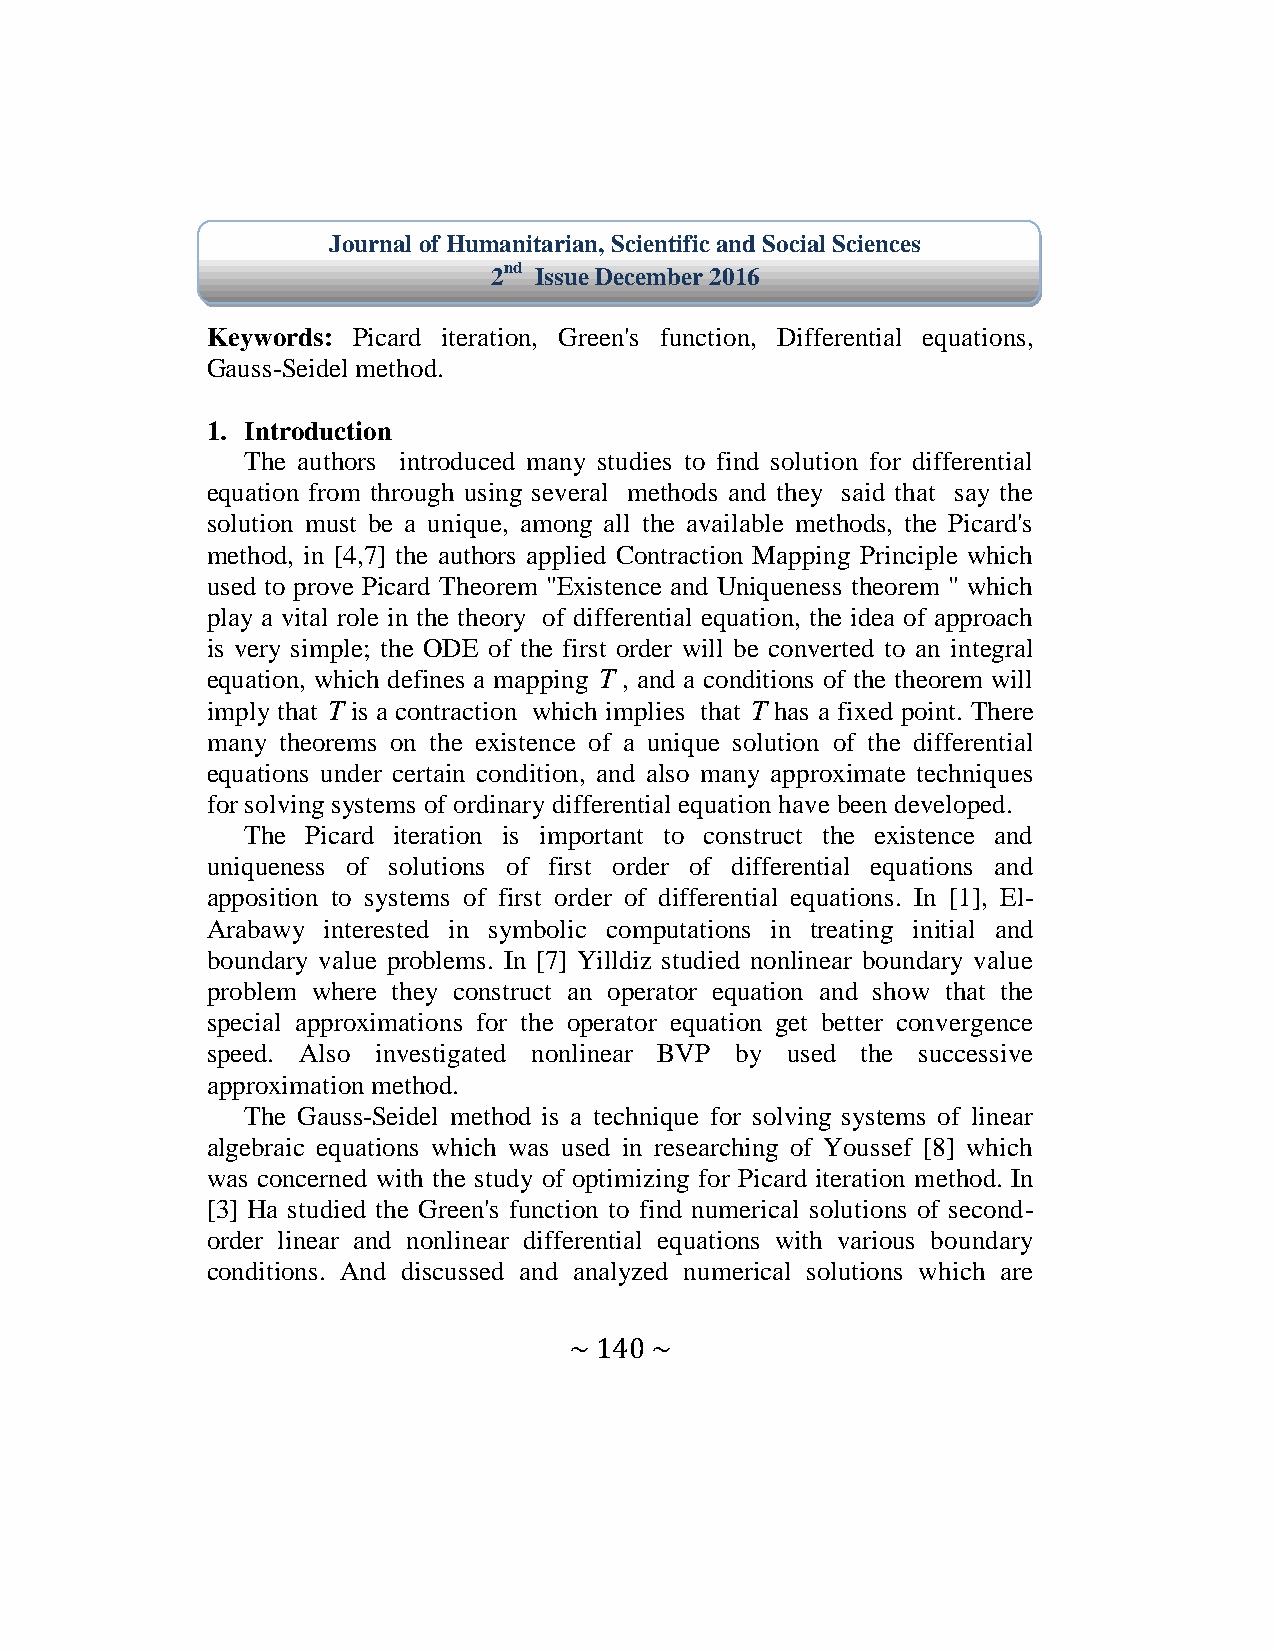
Journal of Humanitarian, Scientific and Social Sciences
 2nd Issue December 2016
 Keywords: Picard iteration, Green's function, Differential equations,
 Gauss-Seidel method.
 1. Introduction
 The authors introduced many studies to find solution for differential
 equation from through using several methods and they said that say the
 solution must be a unique, among all the available methods, the Picard's
 method, in [4,7] the authors applied Contraction Mapping Principle which
 used to prove Picard Theorem "Existence and Uniqueness theorem " which
 play a vital role in the theory of differential equation, the idea of approach
 is very simple; the ODE of the first order will be converted to an integral
 equation, which defines a mapping T , and a conditions of the theorem will
 imply that T is a contraction which implies that T has a fixed point. There
 many theorems on the existence of a unique solution of the differential
 equations under certain condition, and also many approximate techniques
 for solving systems of ordinary differential equation have been developed.
 The Picard iteration is important to construct the existence and
 uniqueness of solutions of first order of differential equations and
 apposition to systems of first order of differential equations. In [1], El-
 Arabawy interested in symbolic computations in treating initial and
 boundary value problems. In [7] Yilldiz studied nonlinear boundary value
 problem where they construct an operator equation and show that the
 special approximations for the operator equation get better convergence
 speed. Also investigated nonlinear BVP by used the successive
 approximation method.
 The Gauss-Seidel method is a technique for solving systems of linear
 algebraic equations which was used in researching of Youssef [8] which
 was concerned with the study of optimizing for Picard iteration method. In
 [3] Ha studied the Green's function to find numerical solutions of second-
 order linear and nonlinear differential equations with various boundary
 conditions. And discussed and analyzed numerical solutions which are
 ~ 140 ~